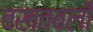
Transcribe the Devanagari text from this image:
बखतबली